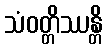
သံဝတ္တိဿန္တိ